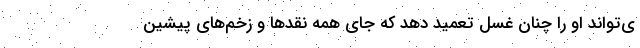
ی‌تواند او را چنان غسل تعمید دهد که جای همه نقدها و زخم‌های پیشین